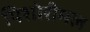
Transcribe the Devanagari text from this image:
पिशोरीमल